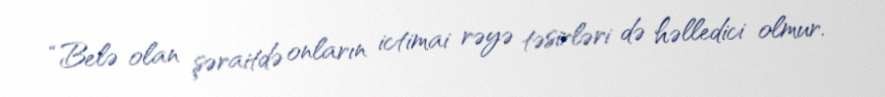
“Belə olan şəraitdə onların ictimai rəyə təsirləri də həlledici olmur.